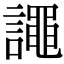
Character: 譝